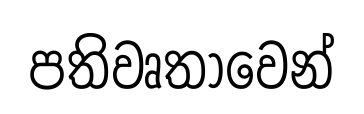
පතිවෘතාවෙන්